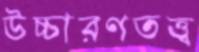
উচ্চারণতত্ত্ব